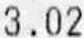
3.02